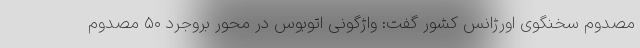
مصدوم سخنگوی اورژانس کشور گفت: واژگونی اتوبوس در محور بروجرد ۵۰ مصدوم